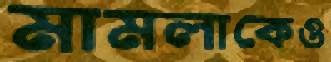
মামলাকেও